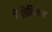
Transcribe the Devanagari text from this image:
गैलिलियन